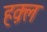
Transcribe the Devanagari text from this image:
हक़्ल